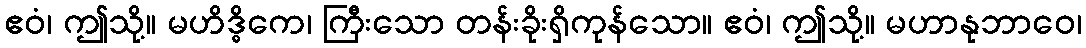
ဧဝံ၊ ဤသို့။ မဟိဒ္ဓိကေ၊ ကြီးသော တန်းခိုးရှိကုန်သော။ ဧဝံ၊ ဤသို့။ မဟာနုဘာဝေ၊